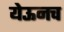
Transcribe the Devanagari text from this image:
येऊनच